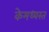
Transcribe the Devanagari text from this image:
केमध्यस्त